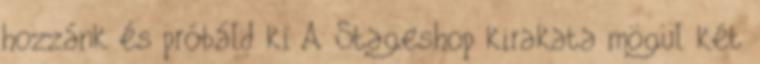
hozzánk és próbáld ki A Stageshop kirakata mögül két